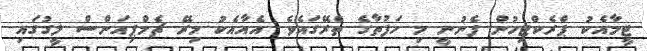
ޓީމާއެކު ޕްރެކްޓިހުން ފެނުނީ މި ހަފުތާގެ ތެރޭގައެވެ. އެއާއެކު މިރޭ ޗެމްޕިއަންސް ލީގުގައި